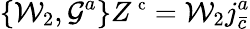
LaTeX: \left\{ {\cal W}_{2},{\cal G}^{a}\right\} Z^{\mathrm{\small~c}}={\cal W}_{2}j_{\bar{c}}^{a}